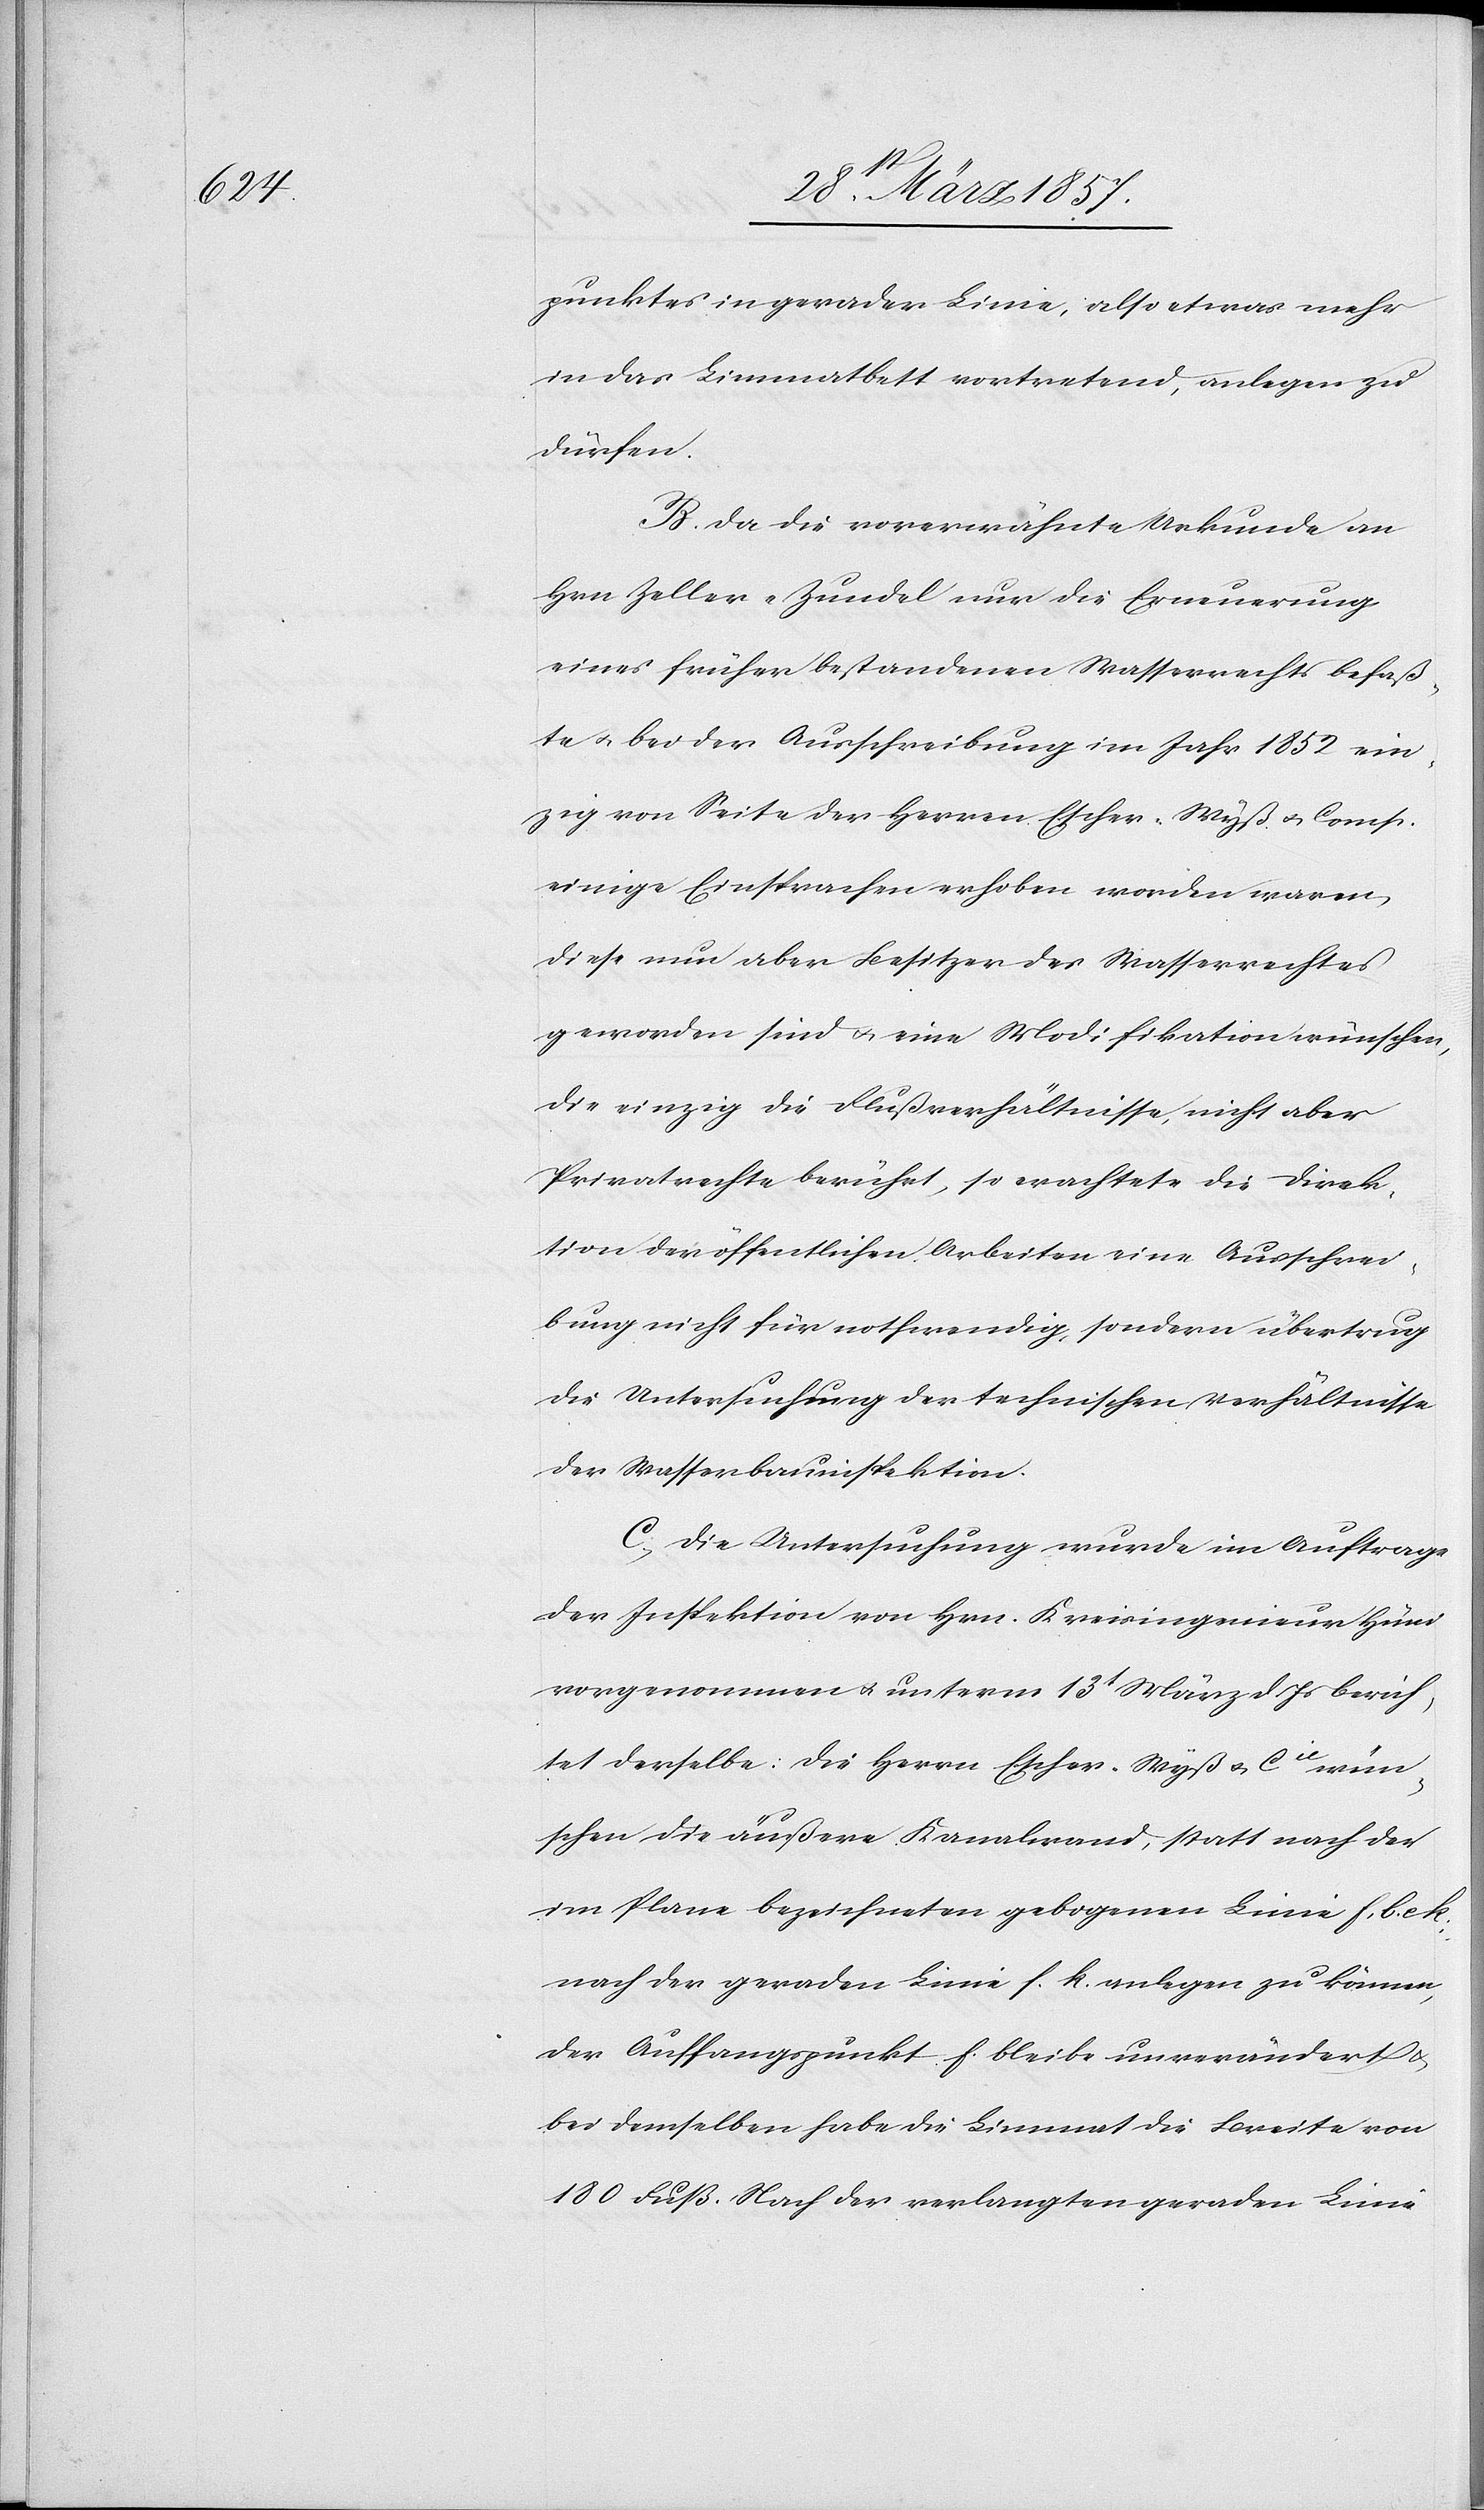
punktes in gerader Linie, also etwas mehr
in das Limmatbett vortretend, anlegen zu
dürfen.
B. Da die vorerwähnte Urkunde an
Hrn Zeller-Zundel nur die Erneuerung
eines früher bestandenen Wasserrechts befaß¬
te u. bei der Ausschreibung im Jahr 1852 ein¬
zig von Seite der Herren Escher-Wyß u. Comp.
einige Einsprachen erhoben worden waren,
diese nun aber Besitzer des Wasserrechts
geworden sind u. eine Modifikation wünschen,
die einzig die Flußverhältnisse, nicht aber
Privatrechte berührt, so erachtete die Direk¬
tion der öffentlichen arbeiten eine Ausschrei¬
bung nicht für nothwendig, sondern übertrug
die Untersuchung der technischen Verhältnisse
der Wasserbauinspektion.
C. Die Untersuchung wurde im Auftrage
der Inspektion von Hrn. Kreisingenieur Hüni
vorgenommen u. unterm 13t März d. Js berich¬
tet derselbe: Die Herrn Escher-Wyß u. Cie wün¬
schen die äußere Kanalwand, statt nach der
im Plane bezeichneten gebogenen Linie f, b. u.
nach der geraden Linie f. k. anlegen zu können,
der Auffangspunkt f. bleibe unverändert u.
bei demselben habe die Limmat die Breite von
180 Fuß. Nach der verlangten geraden Linie